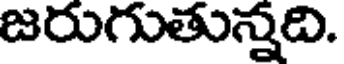
జరుగుతున్నది.